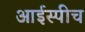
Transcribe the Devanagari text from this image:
आईस्पीच